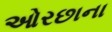
ઓરછાના